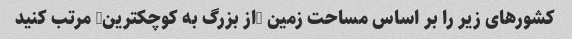
کشورهای زیر را بر اساس مساحت زمین (از بزرگ به کوچکترین) مرتب کنید